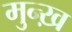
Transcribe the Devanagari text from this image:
मुन्ख़